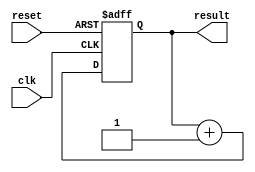
// This program was cloned from: https://github.com/tangxifan/micro_benchmark
// License: MIT License

///////////////////////////////////////////
//  Functionality: Counter with asynchronous reset
////////////////////////////////////////

module counter128_async_reset (
	clk,
	reset,
	result
);

	input clk;
	input reset;
	output [127:0] result;

	reg [127:0] result;
  
    initial begin
      result <= 0;
    end

	always @(posedge clk or posedge reset)
	begin
		if (reset) 
			result = 0;		
		else 
			result = result + 1;
	end
endmodule